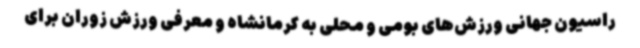
راسیون جهانی ورزش‌های بومی و محلی به کرمانشاه و معرفی ورزش زوران برای